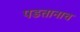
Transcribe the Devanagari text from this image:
पडतानाच